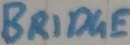
Text: BRIDGE